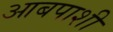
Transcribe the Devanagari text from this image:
आबपाशी